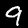
Digit: 9